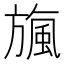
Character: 𣄖